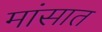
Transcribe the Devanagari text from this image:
मांसात